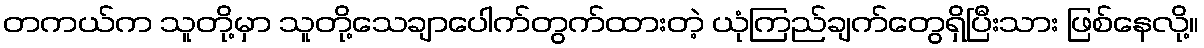
တကယ်က သူတို့မှာ သူတို့သေချာပေါက်တွက်ထားတဲ့ ယုံကြည်ချက်တွေရှိပြီးသား ဖြစ်နေလို့။